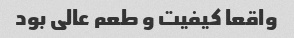
واقعا کیفیت و طعم عالی بود